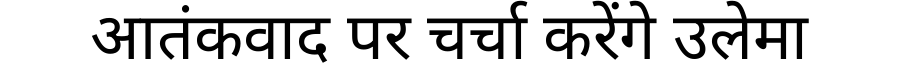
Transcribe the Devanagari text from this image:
आतंकवाद पर चर्चा करेंगे उलेमा